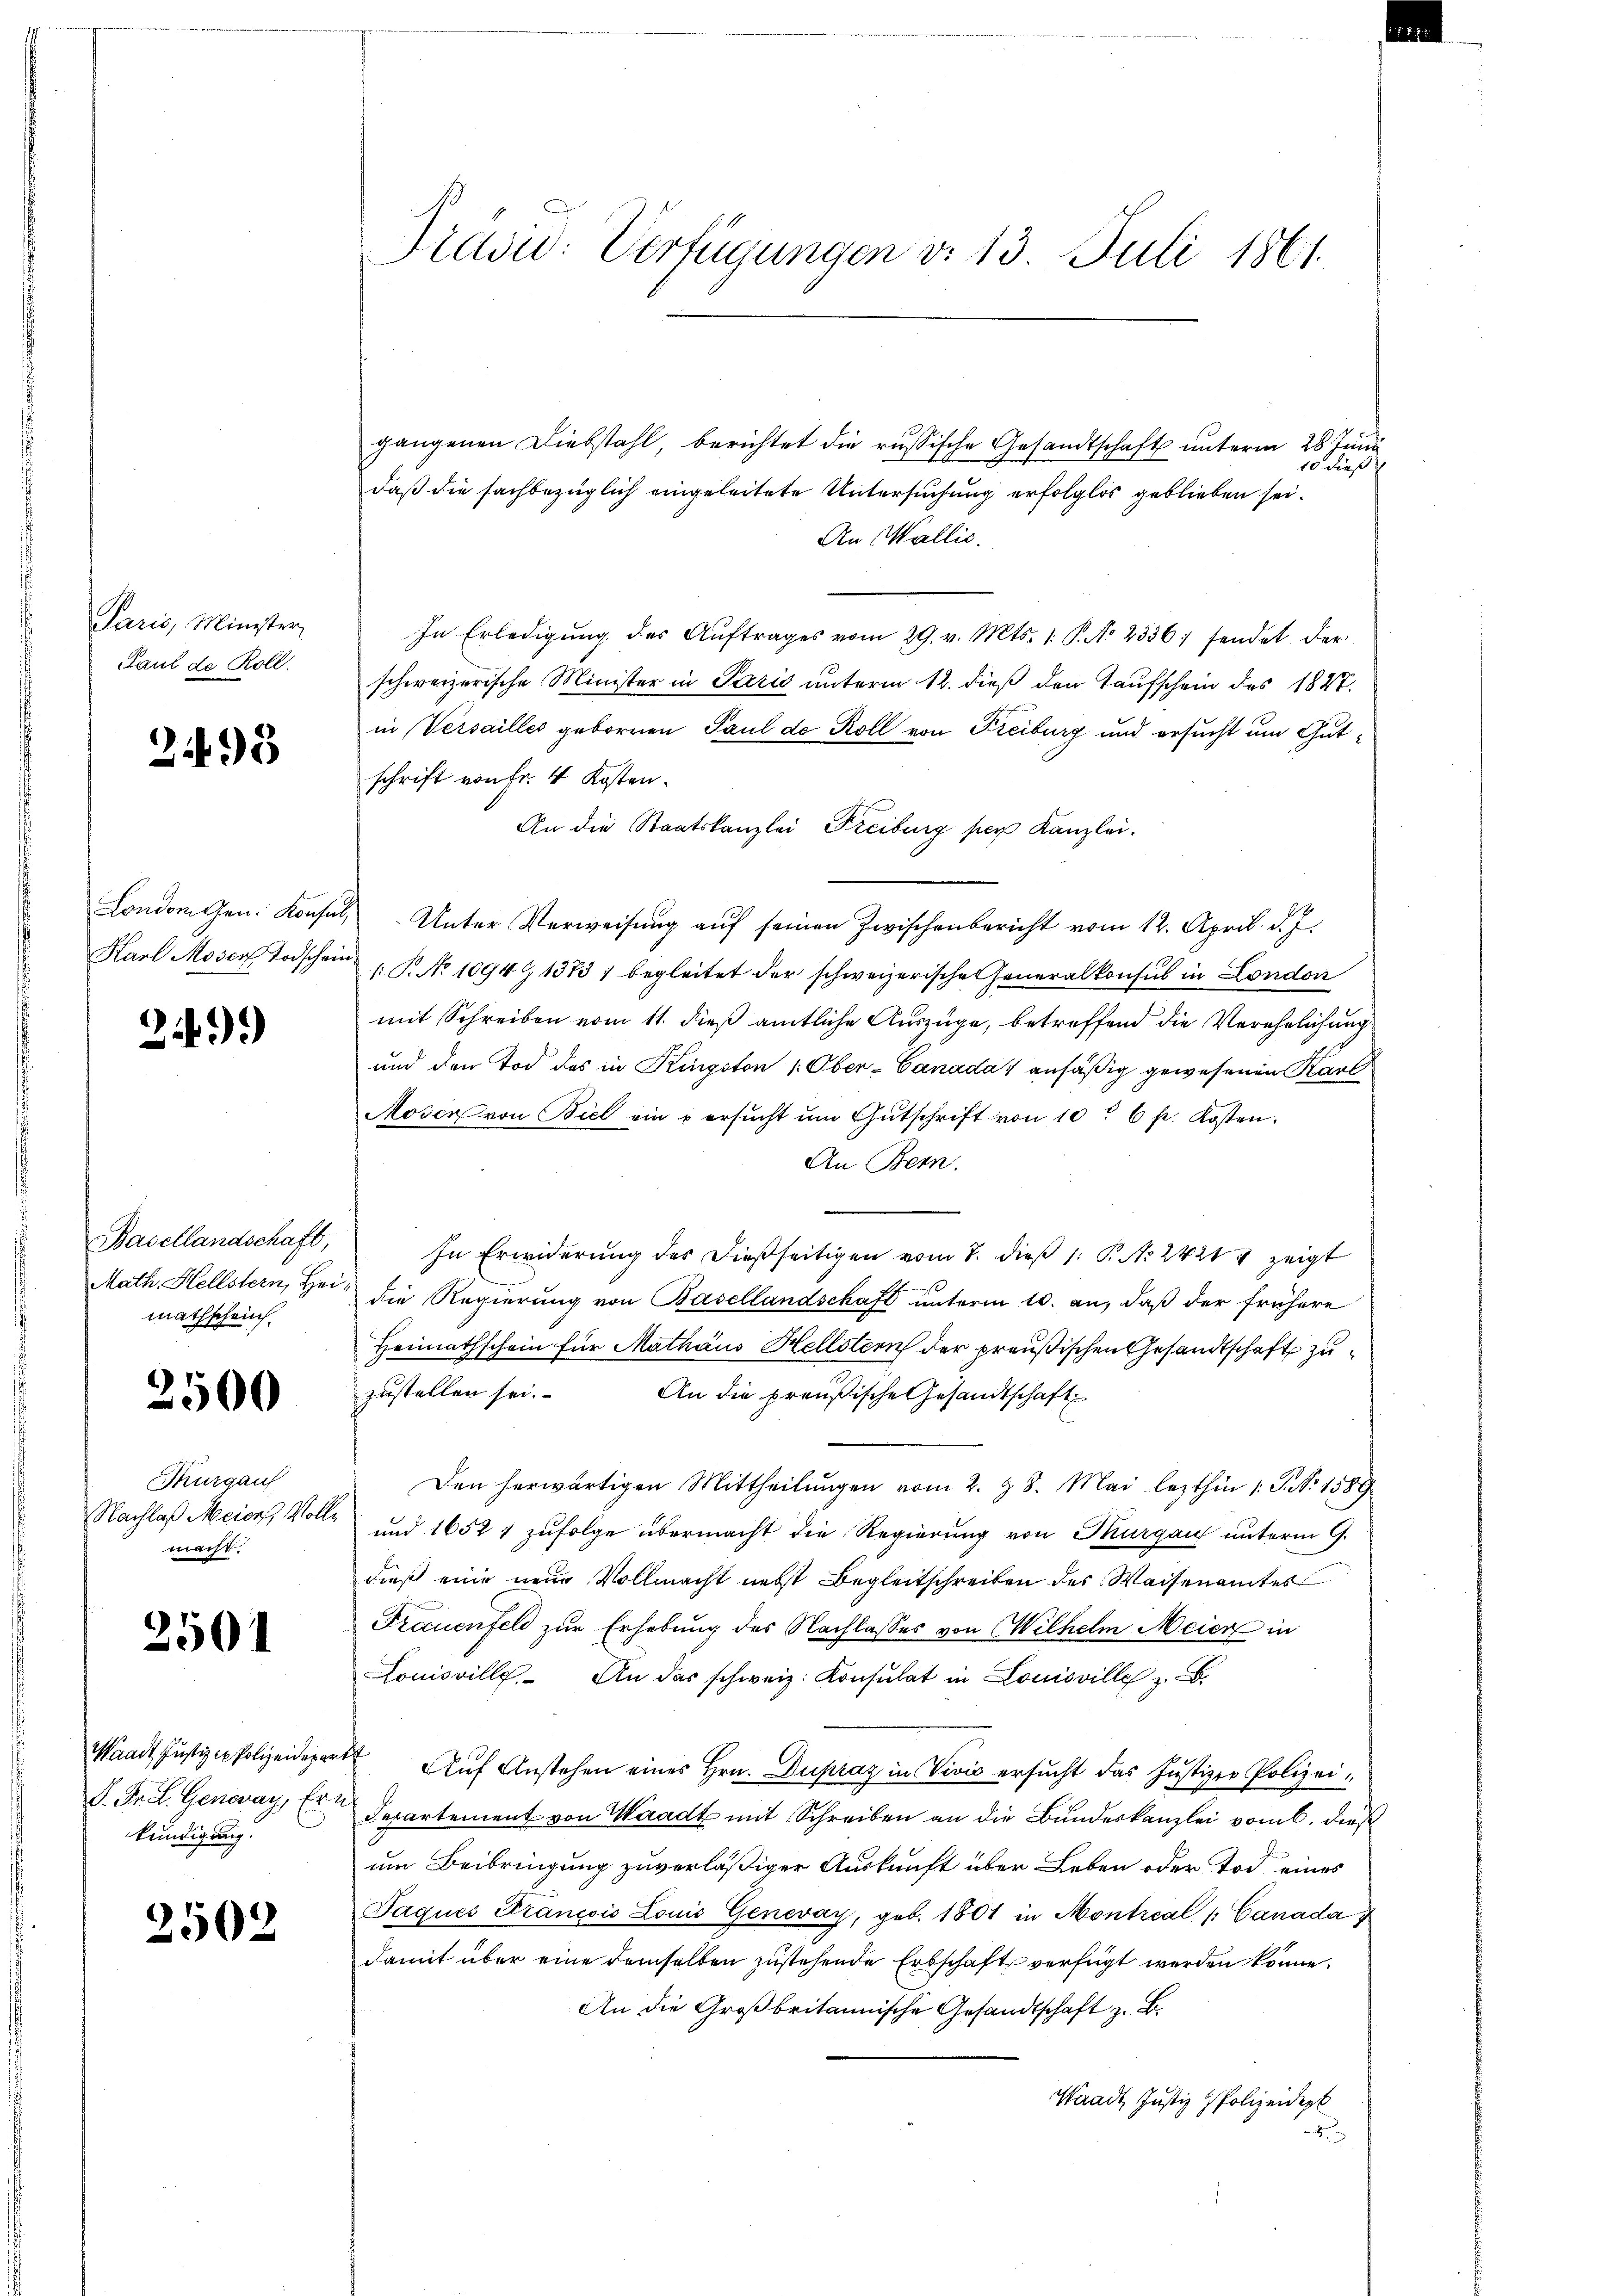
Paris, Minister,
Paul de Roll.

2498

London gen. Konsin
Karl Moser Todschein

249)

Basellandschaft,
Math. Hellstern, Hei
mathschein.

2500

Thurgau
Nachlaß Meier, Woll
macht.

2501

aadt Justiz in Polizeidepar
S. Fr. L. Genevay, Er
kundigung.

2502

Tradid: Verfügungen d. 13 Juli 1861.

gangenen Diebstahl, berichtet die russische Gesandtschaft unterm 28. Juni
10 dieß
daß die fachbezüglich eingeleitete Untersuchung erfolglos geblieben sei.
An Wallis.
In Erledigung des Aŭftrages vom 29. v. Mts. 1. P. N. 2336; sendet der
schweizerische Minister in Pazić unterm 12. dieß den Taufschein des 1827.
in Versailles gebornen Paul de Roll von Freiburg und ersucht um Gutschrift von Fr. 4 Kosten.
An die Staatskanzlei Freiburg per Kanzlei.
Unter Verweisung auf seinen Zwischenbericht vom 12. April d. J.
.P. No 1094 § 13731 begleitet der schweizerische Generalkonsul in London
mit Schreiben vom 11. dieß amtliche Auszüge, betreffend die Verehelichung
und den Tod des in Kingston 1. Ober-Canada ansäßig gewesenen Karl
Moser von Biel ein u ersŭcht ŭm Gŭtschrift von 10 " 6 p. Kosten.
An Bern.
In Erwiderung des dießseitigen vom 7. dieß 1: P. Nr. 2421 zeigt
die Regierung von Basellandschaft unterm 10. an, daß der frühere
Heimathschein für Mathäus Hellstern der preußischen Gesandtschaft zuzustellen sei.
An die preußische Gesandtschaft
Den herwärtigen Mittheilungen vom 2. Z. 8. Mai lezthin 1 S. No 1589
und 1657 1 zufolge übermacht die Regierung von Thurgau unterm 9.
dieß eine neue Vollmacht nebst Begleitschreiben des Waisenamtes
Frauenfeld zur Erhebung des Nachlasses von Wilhelm Meier in
Louisville. An das schweiz. Konsulat in Louisville z. B.
 Aŭf Anstehen eines Hrn. Dupraz in Vivić ersucht das Justizer Polizei¬
Departement von Waadt mit Schreiben an die Bundeskanzlei vom 6. dieß
um Beibringung zuverläßiger Auskunft über Leben oder Tod eines
Paques Francois Louis Genevay, geb. 1801 in Montical |: Canada
damit über eine demselben zustehende Erbschaft verfügt werden könne.
An die Großbritannische Gesandtschaft z. B.
Waadt Justiz & Polizeidep